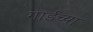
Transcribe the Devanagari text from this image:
गार्डच्या